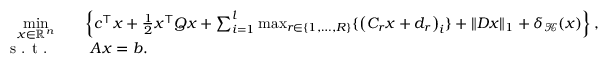
\begin{array} { r l } { \underset { x \in \mathbb { R } ^ { n } } { \mathrm { m i n } } } & { \quad \left\{ c ^ { \top } x + \frac { 1 } { 2 } x ^ { \top } Q x + \sum _ { i = 1 } ^ { l } \operatorname* { m a x } _ { r \in \{ 1 , \ldots , R \} } \{ \left( C _ { r } x + d _ { r } \right) _ { i } \} + \| D x \| _ { 1 } + \delta _ { \mathcal { K } } ( x ) \right\} , } \\ { \textnormal { s . t . } } & { \quad \ A x = b . } \end{array}